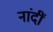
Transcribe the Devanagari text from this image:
नांदीं